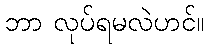
ဘာ လုပ်ရမလဲဟင်။